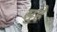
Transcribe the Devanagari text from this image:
सुहे